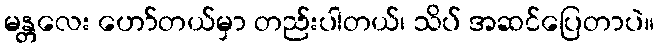
မန္တလေး ဟော်တယ်မှာ တည်းပါတယ်၊ သိပ် အဆင်ပြေတာပဲ။